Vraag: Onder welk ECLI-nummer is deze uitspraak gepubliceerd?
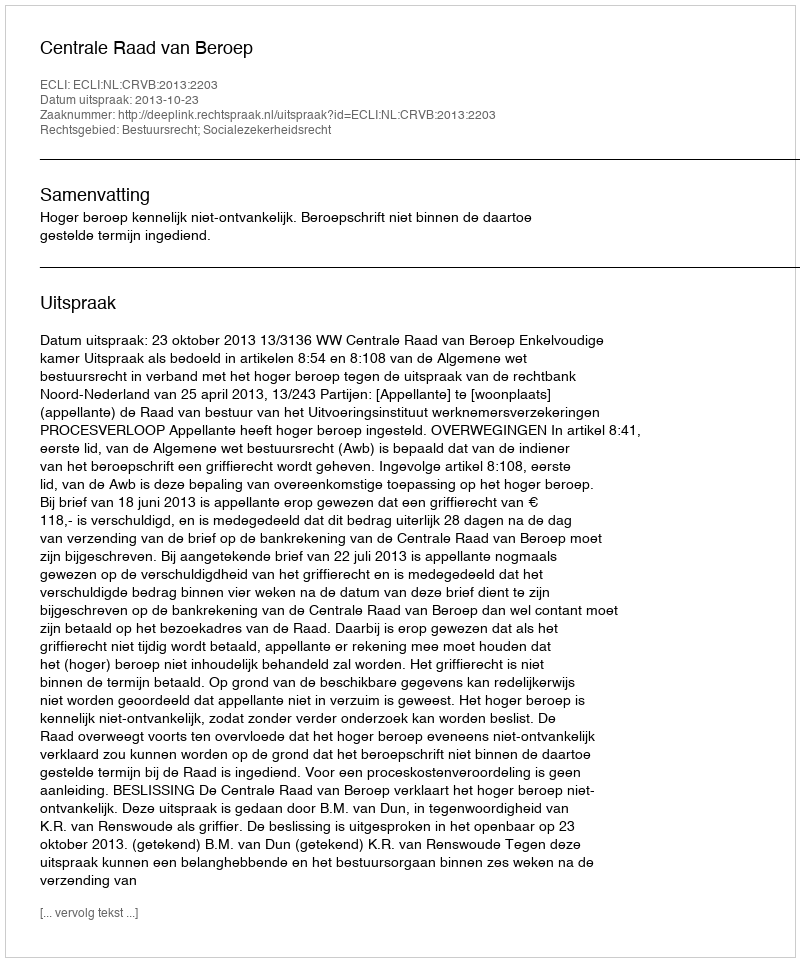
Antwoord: ECLI:NL:CRVB:2013:2203